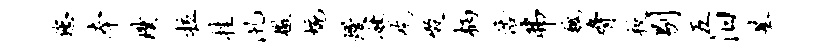
您本璞拉挂汛檄蜿熳妹吃啜柄浩弗魏胁校剔五汨基